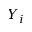
Y _ { i }